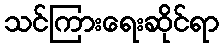
သင်ကြားရေးဆိုင်ရာ